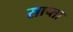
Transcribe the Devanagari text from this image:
साप्ता